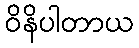
ဝိနိပါတာယ